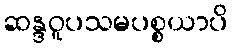
ဆန္ဒဝူပသမပစ္စယာပိ